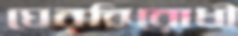
ঘেরবিরোধী